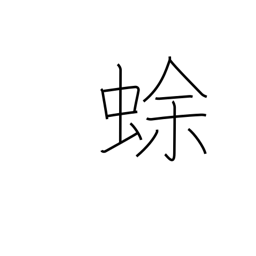
Meaning: toad